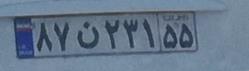
۸۷ن۲۳۱۵۵